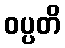
ဝပ္ပတိ